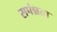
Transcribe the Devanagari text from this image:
सपंन्नता